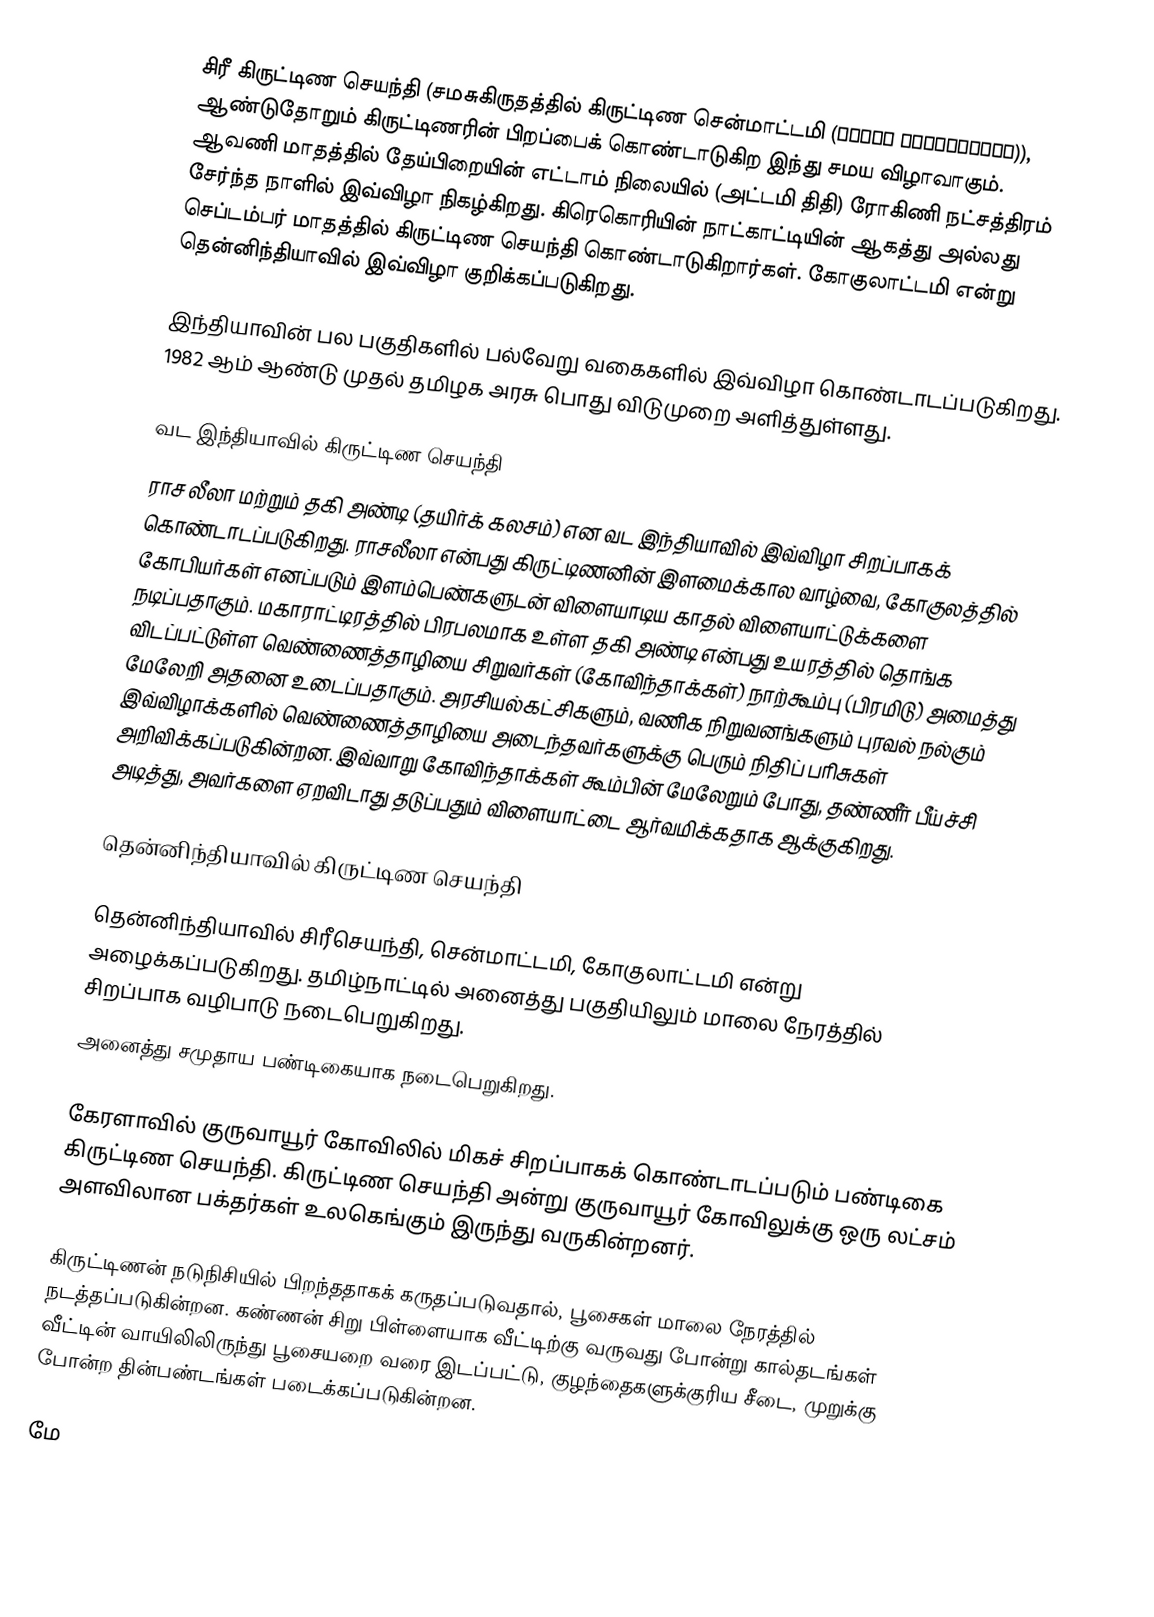
சிரீ கிருட்டிண செயந்தி (சமசுகிருதத்தில் கிருட்டிண சென்மாட்டமி (कृष्ण जन्माष्टमी)), ஆண்டுதோறும் கிருட்டிணரின் பிறப்பைக் கொண்டாடுகிற இந்து சமய விழாவாகும். ஆவணி மாதத்தில் தேய்பிறையின் எட்டாம் நிலையில் (அட்டமி திதி) ரோகிணி நட்சத்திரம் சேர்ந்த நாளில் இவ்விழா நிகழ்கிறது. கிரெகொரியின் நாட்காட்டியின் ஆகத்து அல்லது செப்டம்பர் மாதத்தில் கிருட்டிண செயந்தி கொண்டாடுகிறார்கள். கோகுலாட்டமி என்று தென்னிந்தியாவில் இவ்விழா குறிக்கப்படுகிறது.

 இந்தியாவின் பல பகுதிகளில் பல்வேறு வகைகளில் இவ்விழா கொண்டாடப்படுகிறது. 1982 ஆம் ஆண்டு முதல் தமிழக அரசு பொது விடுமுறை அளித்துள்ளது.

வட இந்தியாவில் கிருட்டிண செயந்தி
ராச லீலா மற்றும் தகி அண்டி (தயிர்க் கலசம்) என வட இந்தியாவில் இவ்விழா சிறப்பாகக் கொண்டாடப்படுகிறது. ராசலீலா என்பது கிருட்டிணனின் இளமைக்கால வாழ்வை, கோகுலத்தில் கோபியர்கள் எனப்படும் இளம்பெண்களுடன் விளையாடிய காதல் விளையாட்டுக்களை நடிப்பதாகும். மகாராட்டிரத்தில் பிரபலமாக உள்ள தகி அண்டி என்பது உயரத்தில் தொங்க விடப்பட்டுள்ள வெண்ணைத்தாழியை சிறுவர்கள் (கோவிந்தாக்கள்) நாற்கூம்பு (பிரமிடு) அமைத்து மேலேறி அதனை உடைப்பதாகும். அரசியல்கட்சிகளும், வணிக நிறுவனங்களும் புரவல் நல்கும் இவ்விழாக்களில் வெண்ணைத்தாழியை அடைந்தவர்களுக்கு பெரும் நிதிப் பரிசுகள் அறிவிக்கப்படுகின்றன. இவ்வாறு கோவிந்தாக்கள் கூம்பின் மேலேறும் போது, தண்ணீர் பீய்ச்சி அடித்து, அவர்களை ஏறவிடாது தடுப்பதும் விளையாட்டை ஆர்வமிக்கதாக ஆக்குகிறது.

தென்னிந்தியாவில் கிருட்டிண செயந்தி

 தென்னிந்தியாவில் சிரீசெயந்தி, சென்மாட்டமி, கோகுலாட்டமி என்று அழைக்கப்படுகிறது. தமிழ்நாட்டில் அனைத்து பகுதியிலும் மாலை நேரத்தில் சிறப்பாக வழிபாடு நடைபெறுகிறது.
அனைத்து சமுதாய பண்டிகையாக நடைபெறுகிறது.

கேரளாவில் குருவாயூர் கோவிலில் மிகச் சிறப்பாகக் கொண்டாடப்படும் பண்டிகை கிருட்டிண செயந்தி. கிருட்டிண செயந்தி அன்று குருவாயூர் கோவிலுக்கு ஒரு லட்சம் அளவிலான பக்தர்கள் உலகெங்கும் இருந்து வருகின்றனர்.

கிருட்டிணன் நடுநிசியில் பிறந்ததாகக் கருதப்படுவதால், பூசைகள் மாலை நேரத்தில் நடத்தப்படுகின்றன. கண்ணன் சிறு பிள்ளையாக வீட்டிற்கு வருவது போன்று கால்தடங்கள் வீட்டின் வாயிலிலிருந்து பூசையறை வரை இடப்பட்டு, குழந்தைகளுக்குரிய சீடை, முறுக்கு போன்ற தின்பண்டங்கள் படைக்கப்படுகின்றன.

மே